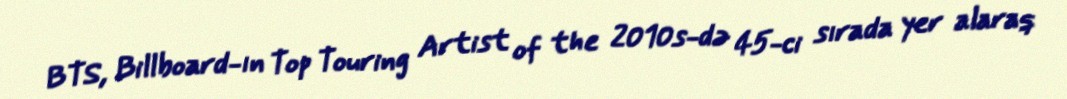
BTS, Billboard-ın Top Touring Artist of the 2010s-də 45-ci sırada yer alaraq